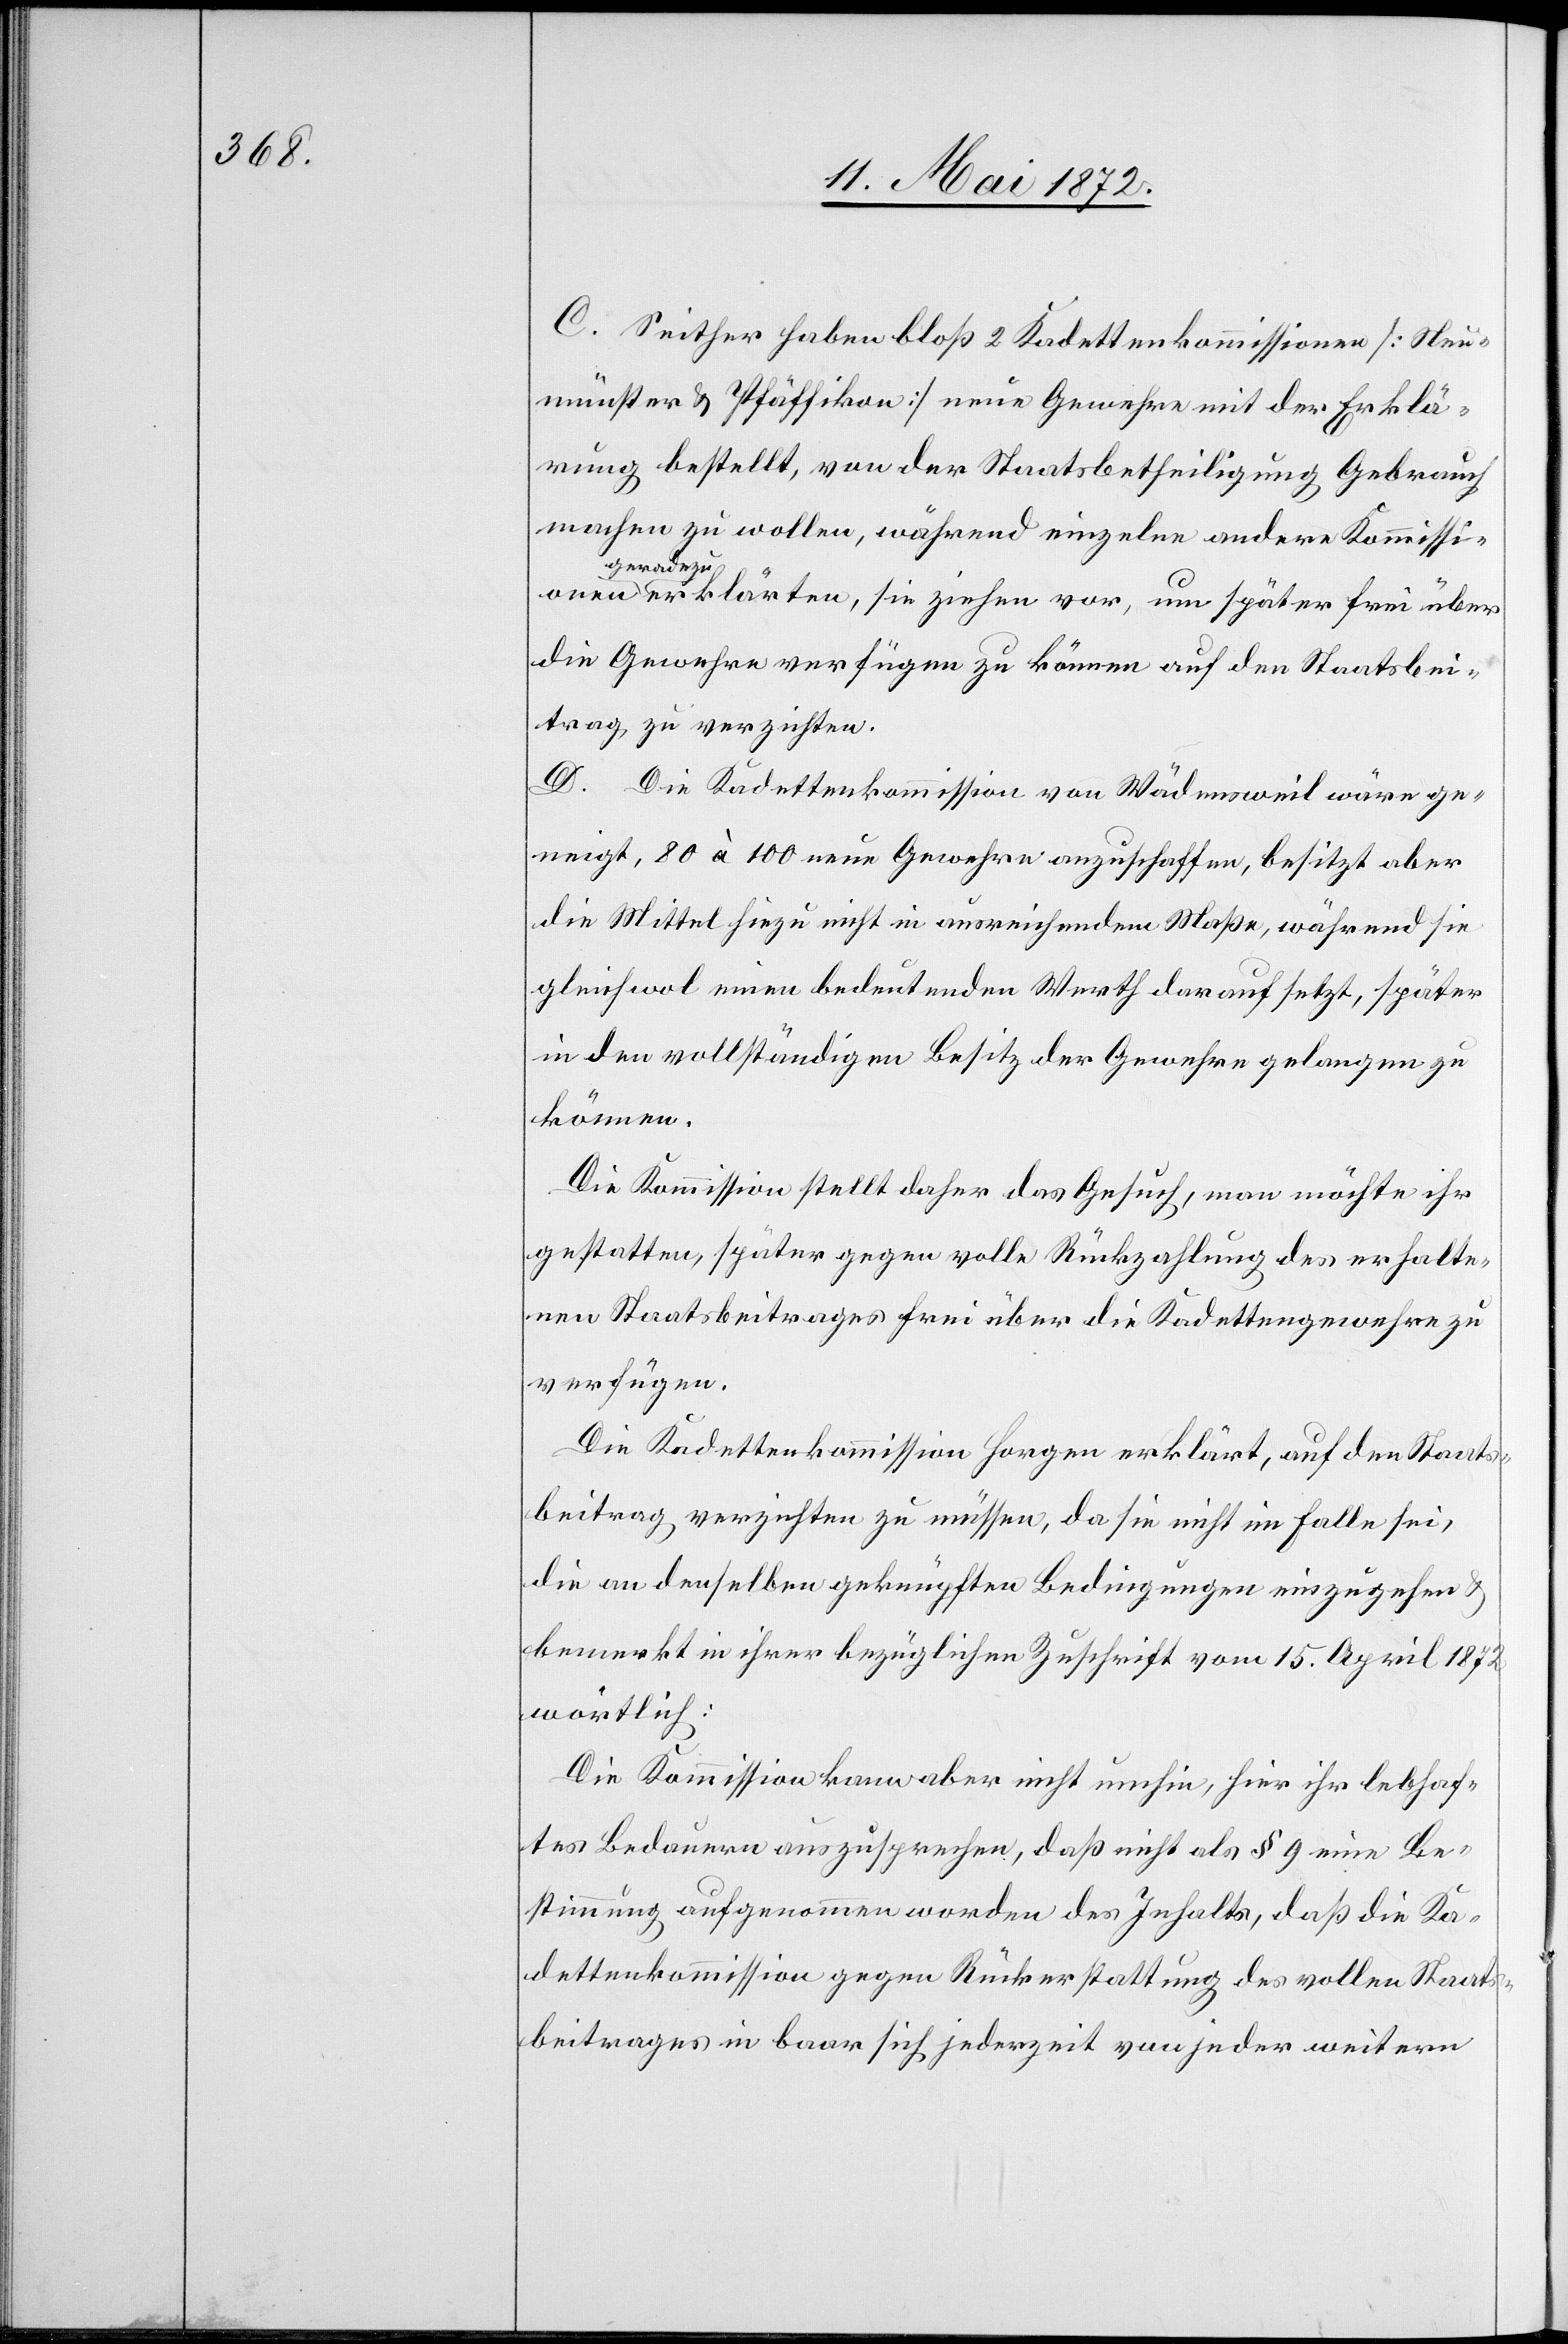
C. Seither haben bloß 2 Kadettenkommissionen [Neu¬
münster u. Pfäffikon] neue Gewehre mit der Erklä¬
rung bestellt, von der Staatsbetheiligung Gebrauch
machen zu wollen, während einzelne andere Kommissio¬
ger¬
adezu erklärten, sie ziehen vor, um später frei über
die Gewehre verfügen zu können[,] auf den Staatsbei¬
trag zu verzichten.
D. Die Kadettenkommission von Wädensweil wäre ge¬
neigt, 80 à 100 neue Gewehre anzuschaffen, besitzt aber
die Mittel hiezu nicht in ausreichendem Maße, während sie
gleichwol einen bedeutenden Werth darauf setzt, später
in den vollständigen Besitz der Gewehre gelangen zu
können.
Die Kommission stellt daher das Gesuch, man möchte ihr
gestatten, später gegen volle Rückzahlung des erhalte¬
nen Staatsbeitrages frei über die Kadettengewehre zu
verfügen.
Die Kadettenkommission Horgen erklärt, auf den Staats¬
beitrag verzichten zu müssen, da sie nicht im Falle sei,
die an denselben geknüpften Bedingungen einzugehen u.
bemerkt in ihrer bezüglichen Zuschrift vom 15. April 1872
wörtlich:
Die Kommission kam aber nicht umhin, hier ihr lebhaf¬
tes Bedauern auszusprechen, daß nicht als § 9 eine Be¬
stimmung aufgenommen worden des Inhalts, daß die Ka¬
dettenkommission gegen Rückerstattung des vollen Staats¬
beitrages in baar sich jederzeit von jeder weitern